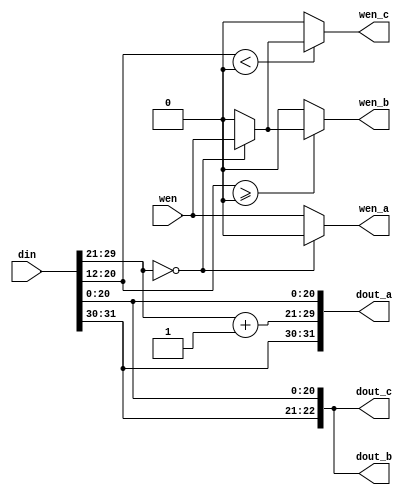
`timescale 1ns / 1ps
//////////////////////////////////////////////////////////////////////////////////
// PathDecoder3Way.v
//
// The combinational logic or the forward east / forward west modules.
//
// For forward east:
//  - ADD should be set to -1
//  - dout_a goes to east out
//  - dout_b goes to forward north
//  - dout_c goes to forward south
//
// For forward west:
//  - ADD should be set to 1
//  - dout_a goes to west out
//  - dout_b goes to forward north
//  - dout_c goes to forward south
//////////////////////////////////////////////////////////////////////////////////


module PathDecoder3Way#(
    parameter DATA_WIDTH = 32,
    parameter DX_MSB = 29,
    parameter DX_LSB = 21,
    parameter DY_MSB = 20,
    parameter DY_LSB = 12,
    parameter ADD = 1
)(
    input [DATA_WIDTH-1:0] din,
    input wen,
    output [DATA_WIDTH-1:0] dout_a,
    output wen_a,
    output [DATA_WIDTH-1-(DX_MSB-DY_MSB):0] dout_b,
    output wen_b,
    output [DATA_WIDTH-1-(DX_MSB-DY_MSB):0] dout_c,
    output wen_c
);

    wire [DX_MSB:DX_LSB] dx;
    wire signed [DY_MSB:DY_LSB] dy;
    assign dx = din[DX_MSB:DX_LSB];
    assign dy = din[DY_MSB:DY_LSB];
    
    wire [DX_MSB:DX_LSB] dx_plus_add;
    assign dx_plus_add = dx + ADD;

    generate
        if (DATA_WIDTH-1 == DX_MSB) begin
            assign dout_a = {dx_plus_add, din[DX_LSB-1:0]};
            assign dout_b = din[DX_LSB-1:0];
            assign dout_c = din[DX_LSB-1:0];
        end
        else begin
            assign dout_a = {din[DATA_WIDTH-1:DX_MSB+1], dx_plus_add, din[DX_LSB-1:0]};
            assign dout_b = {din[DATA_WIDTH-1:DX_MSB+1], din[DX_LSB-1:0]};
            assign dout_c = {din[DATA_WIDTH-1:DX_MSB+1], din[DX_LSB-1:0]};
        end
    endgenerate
    
    assign wen_a = dx == 0 ? 0 : wen;
    assign wen_b = dy >= 0 ? (dx == 0 ? wen : 0) : 0;
    assign wen_c = dy < 0 ? (dx == 0 ? wen : 0) : 0;

endmodule